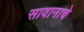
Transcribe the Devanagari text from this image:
सावानाचे